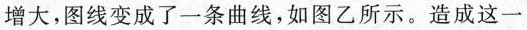
增大，图线变成了一条曲线，如图乙所示。造成这